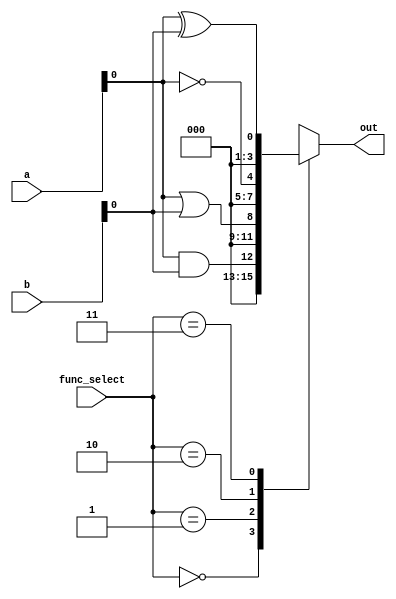
module comb_logic_block (
    input wire [3:0] a,           // Input vector a
    input wire [3:0] b,           // Input vector b
    input wire [1:0] func_select,  // Function select control signal
    output wire [3:0] out          // Output vector
);

// Internal signals for shared logic
wire and_out;
wire or_out;
wire not_a_out;
wire not_b_out;
wire xor_out;

// Shared logic operations
assign and_out = a & b;         // AND operation
assign or_out = a | b;          // OR operation
assign not_a_out = ~a;          // NOT operation on a
assign not_b_out = ~b;          // NOT operation on b
assign xor_out = a ^ b;         // XOR operation

// Multiplexer to select the output based on func_select
always @(*) begin
    case (func_select)
        2'b00: out = and_out;     // Select AND output
        2'b01: out = or_out;      // Select OR output
        2'b10: out = not_a_out;   // Select NOT output on a
        2'b11: out = xor_out;     // Select XOR output
        default: out = 4'b0000;   // Default case to prevent latches
    endcase
end

endmodule